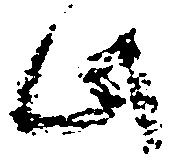
此